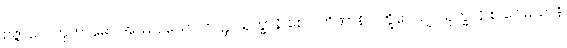
ဥဇ္ဇာလေတုကာမော အဿ, သော တတ္ထ သုက္ခာနိ စေဝ တိဏာနိ ပက္ခိပေယျ, သုက္ခာနိ စ ဂေါမယာနိ